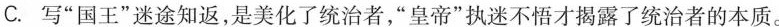
C.写”国王”迷途知返，是美化了统治者，”皇帝”执迷不悟才揭露了统治者的本质。